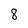
Character: 8